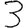
Digit: 3